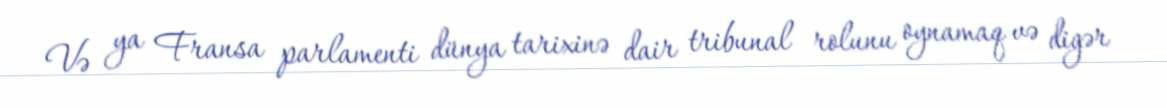
Və ya Fransa parlamenti dünya tarixinə dair tribunal rolunu oynamaq və digər